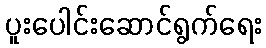
ပူးပေါင်းဆောင်ရွက်ရေး